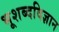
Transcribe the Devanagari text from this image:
भूशब्दविज्ञान